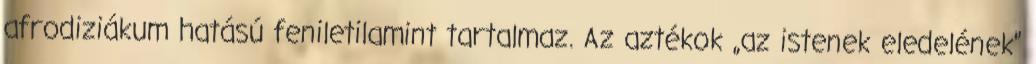
afrodiziákum hatású feniletilamint tartalmaz. Az aztékok „az istenek eledelének”